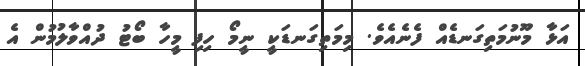
އަޅާ މޫނުމަތިގަނޑެއް ފެނެއެވެ. މިމަތިގަނޑަކީ ނީމޯ ހިފި މީހާ ބޯޓު ދުއްވާލުމުން އެ